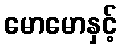
မောမောနှင့်